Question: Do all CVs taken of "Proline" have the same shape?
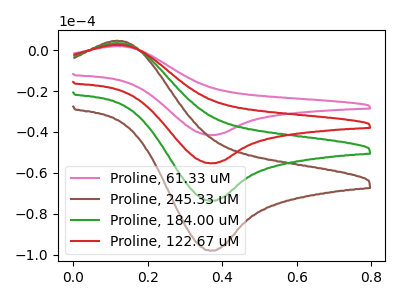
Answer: <think>The pink curve "Proline, 61.33 uM" has an anodic peak at (0.10V, 1.95uA) and a cathodic peak at (0.35V, -41.55uA). The brown curve "Proline, 245.33 uM" has an anodic peak at (0.10V, 7.75uA) and a cathodic peak at (0.35V, -165.90uA). The green curve "Proline, 184.00 uM" has an anodic peak at (0.10V, 5.20uA) and a cathodic peak at (0.35V, -110.60uA). The red curve "Proline, 122.67 uM" has an anodic peak at (0.10V, 2.60uA) and a cathodic peak at (0.35V, -55.30uA).
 All the peaks in "Proline, 61.33 uM" have a peak in "Proline, 245.33 uM" at the same potential. Every peak in "Proline, 61.33 uM" is lower than every peak in "Proline, 245.33 uM". All the peaks in "Proline, 61.33 uM" have a peak in "Proline, 184.00 uM" at the same potential. Every peak in "Proline, 61.33 uM" is lower than every peak in "Proline, 184.00 uM". All the peaks in "Proline, 61.33 uM" have a peak in "Proline, 122.67 uM" at the same potential. Every peak in "Proline, 61.33 uM" is lower than every peak in "Proline, 122.67 uM". All the peaks in "Proline, 245.33 uM" have a peak in "Proline, 184.00 uM" at the same potential. Every peak in "Proline, 245.33 uM" is higher than every peak in "Proline, 184.00 uM". All the peaks in "Proline, 245.33 uM" have a peak in "Proline, 122.67 uM" at the same potential. Every peak in "Proline, 245.33 uM" is higher than every peak in "Proline, 122.67 uM". All the peaks in "Proline, 184.00 uM" have a peak in "Proline, 122.67 uM" at the same potential. Every peak in "Proline, 184.00 uM" is higher than every peak in "Proline, 122.67 uM".</think>
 <answer>All the CV's of "Proline" have similar shape.</answer>
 <eval>follow_rule</eval>